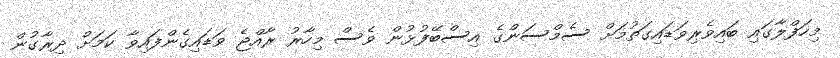
މިހަފްލާގައި ބައިވެރިވަޑައިގަތުމަށް ސެމްސަންގެ އިސްބޭފުޅުން ވެސް މިހާރު ރާއްޖެ ވަޑައިގެންފައިވާ ކަމަށް ދިރާގުން